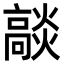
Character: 𭶟